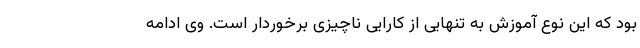
بود که این نوع آموزش به تنهایی از کارایی ناچیزی برخوردار است. وی ادامه